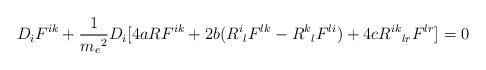
LaTeX: \begin{align*}D_{i}F^{ik}+\frac{1}{{m_{e}}^{2}}D_{i}[4aRF^{ik}+2b({R^{i}}_{l}F^{lk}-{R^{k}}_{l}F^{li})+4c{R^{ik}}_{lr}F^{lr}]=0\end{align*}